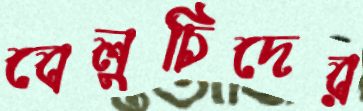
বেলুচিদের